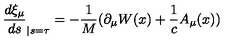
\frac { d \xi _ { \mu } } { d s } _ { | s = \tau } = - \frac { 1 } { M } ( \partial _ { \mu } W ( x ) + \frac { 1 } { c } A _ { \mu } ( x ) )